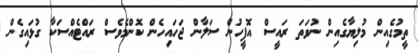
ތީމުގެއިން މުލިޔާގެއިން ނުވަތަ ރައީސް އޮފީހުން ސަލާން ޖަހައިހެން ކޮންމެވެސް ރައްޓެއްސަކާ ގުޅައިގެން